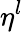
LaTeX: \eta^{l}